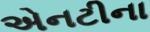
એનટીના